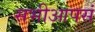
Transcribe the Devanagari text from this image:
सभीआपसं